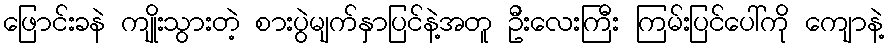
ဖြောင်းခနဲ ကျိုးသွားတဲ့ စားပွဲမျက်နှာပြင်နဲ့အတူ ဦးလေးကြီး ကြမ်းပြင်ပေါ်ကို ကျောနဲ့